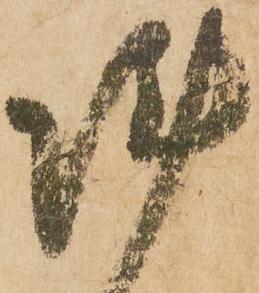
陣